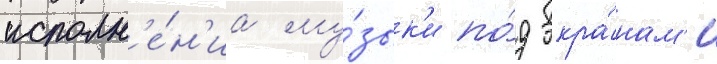
исполн'е́н'иа му́зык'и по́д экра́нам'и